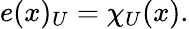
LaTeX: e(x)_{U}=\chi_{U}(x).